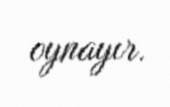
oynayır.